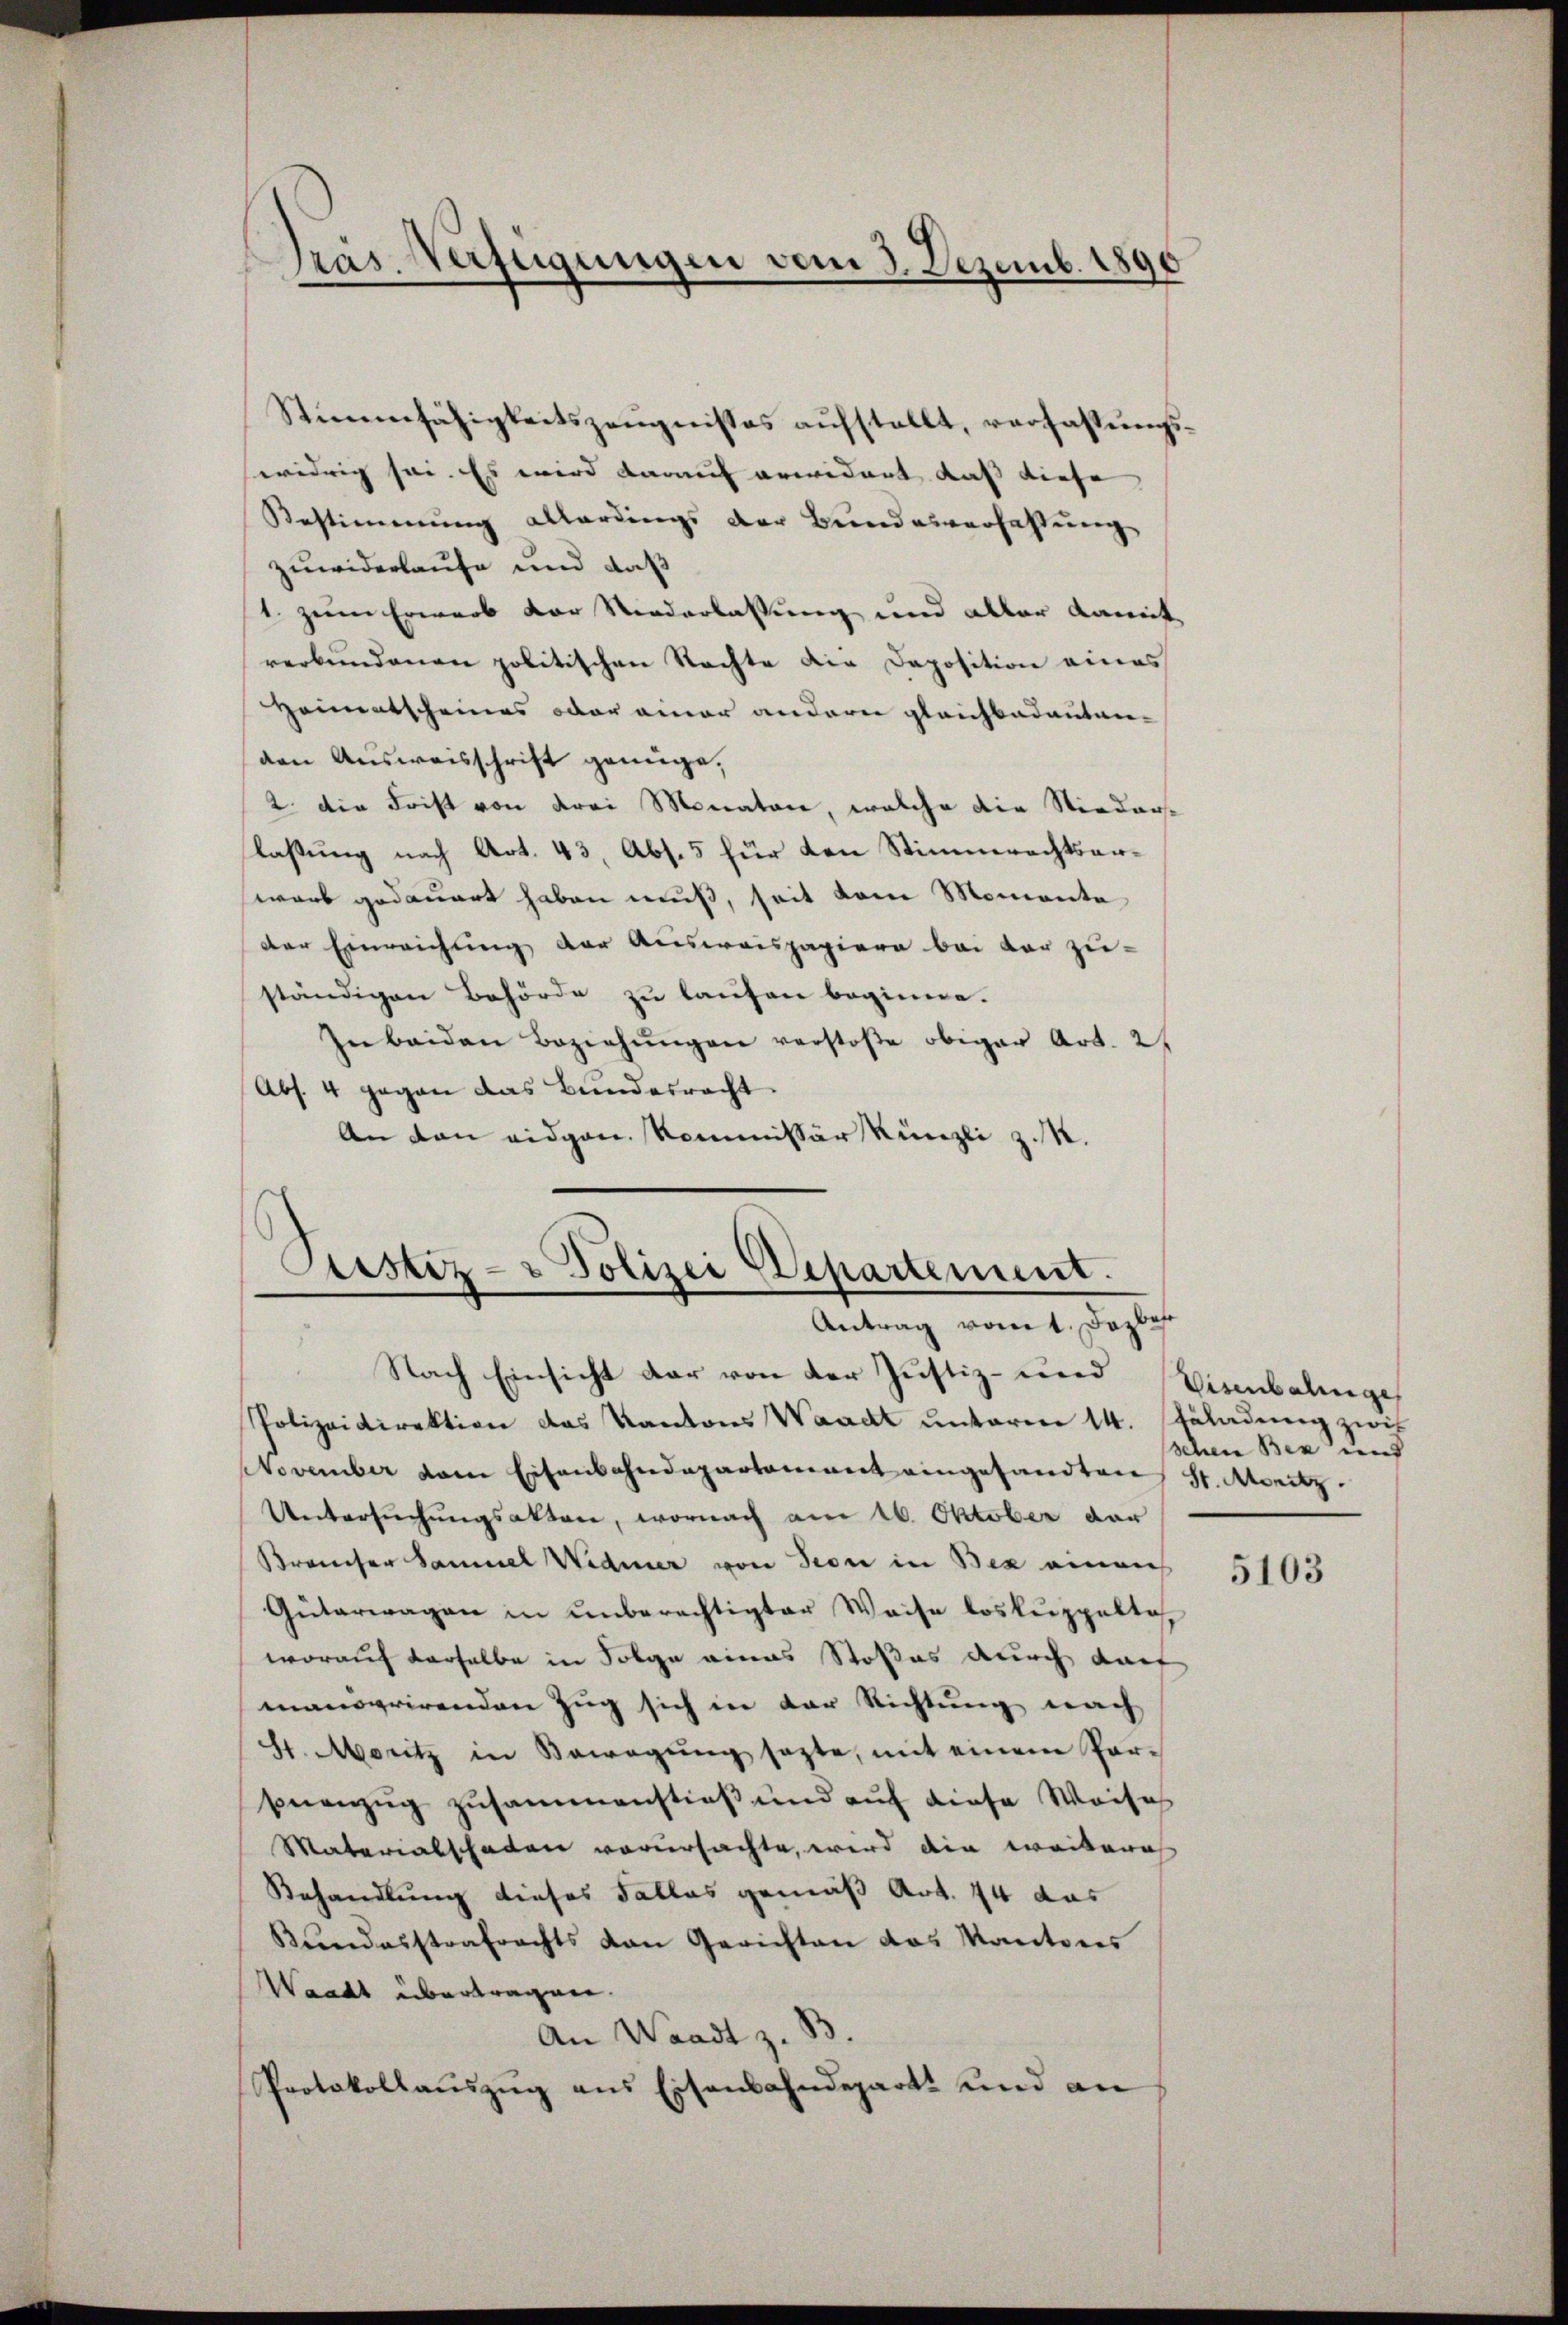
Pras. Verfügungen vom 3. Dezemb. 1890

Stimmfähigkeitszeŭgnisses aufstellt, verfassungswidrig sei. Es wird darauf erwidert dass diese |
Bestimmung allerdings der Bŭndesverfassŭng
zuwiderlaufe und daß
1. zum Erwarb der Niederlassung und aller damit
verbundenen politischen Nachte die Deposition eines
Heimatscheines oder einer andern gleichbadautanden Ausweisschrift genüge.
2. Die Frist von drei Monaten, welche die Nieder-
laßung nach Art. 43, Abs. 5 für den Stimmrechtserwarb gedauert haben muß, seit vom Momente
der Einreichung der Ausweispapiere bei der zu-
ständigen Behörde zu laufen beginne.
In beiden Beziehŭngen verstoße obiger Art. 2
Abs. 4 gegen das Bundesrecht.
An den eidgen. Kommissär Künzli z. K.

Justiz- & Polizei Departement.
Antrag vom 1. Dazbes

Nach Einsicht der von der Justiz- und Vierbalinge
Polizeidirektion das Kantons Waadt unteren 14. Anladung zwis
November dem Eisenbahndepartement eingesandten St. Moritz
Untersuchungsakten, wornach am 16. Oktober der
Braucher Samuel Widmer von Seon in Bex einen
Güterwagen in unberechtigter Weise loskuppelte
worauf derselbe in Folge eines Stoßes durch darf
manigrirenden Zug sich in der Richtung nach
St. Moritz in Bewegung sagte, mit einem Par-
snenzug zusammenstieß und auf diese Weiseh
Materialschaden verursachte, wird die weiteres
Behandlung dieses Falles gemäß Art. 44 aus
Kundesstrafrechts von Gerichten das Kantons
Waadt übertragen.
An Waadt z. B.
Protokollauszug aus Eisenbahndepart und an

schen Ben und

5103